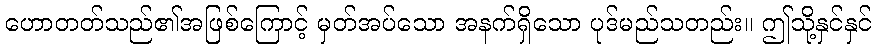
ဟောတတ်သည်၏အဖြစ်ကြောင့် မှတ်အပ်သော အနက်ရှိသော ပုဒ်မည်သတည်း။ ဤသို့နှင်နှင်